Vaccination in Bombay 1902-1912 - 1902-1912
Year: 1902
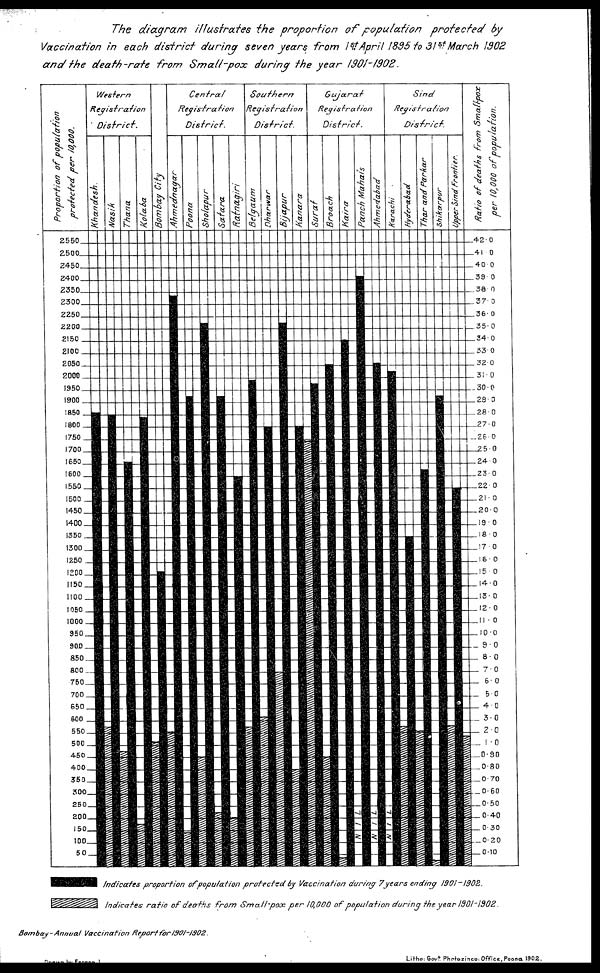
The diagram
illustrates the proportion of population
protected
by
Vaccination in each district during seven years from 1st April 1895 to 31st March 1902
and the death-rate
from Small-pox
during the year 1901-1902.